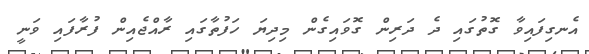
އެނގިފައިވާ ގޮތުގައި ދެ ދަރިން ގޮވައިގެން މިދިޔަ ހަފުތާގައި ރާއްޖެއިން ފުރާފައި ވަނީ